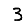
Digit: 3